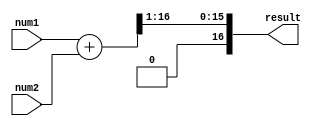
module FixedPointAdder (
    input signed [15:0] num1, // 16-bit signed fixed-point number 1
    input signed [15:0] num2, // 16-bit signed fixed-point number 2
    output reg signed [16:0] result // 17-bit signed fixed-point result
);

reg signed [16:0] result_temp;

always @(*) begin
    result_temp = num1 + num2;
    result = result_temp >> 1; // Shift right by 1 to account for the binary point
end

endmodule